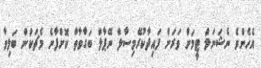
އެހެންވެ ނެޝަނަލް ޓީމަށް ވަރަށް ފައިދާކުރޭމިސާލް ނޭޕާލް ބަގާވާތް ކޮށްފާނެ މެޗަކުން ބަލިވާ